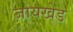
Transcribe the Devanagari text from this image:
जायखेड